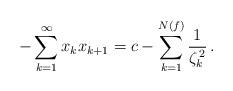
LaTeX: \begin{align*}-\sum_{k=1}^{\infty}x_{k}x_{k+1}=c-\sum_{k=1}^{N(f)}\frac{1}{\zeta_{k}^{\,2}}\,.\end{align*}